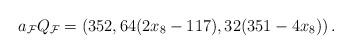
LaTeX: \begin{align*}a_\mathcal{F}Q_\mathcal{F}=\left(352, 64 (2x_8-117), 32(351 - 4 x_8)\right).\end{align*}